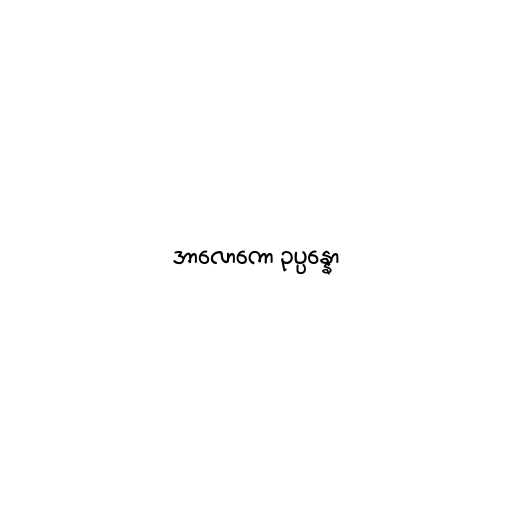
အာလောကော ဥပ္ပန္နော